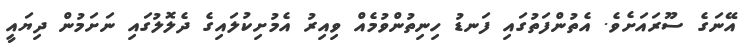
އޭނަގެ ސޫރައަށެވެ. އެތުންފަތުގައި ފަނޑު ހިނިތުންވުމެއް ވިއިރު އެމުށިކުލައިގެ ދެލޮލުގައި ނަށަމުން ދިޔައީ